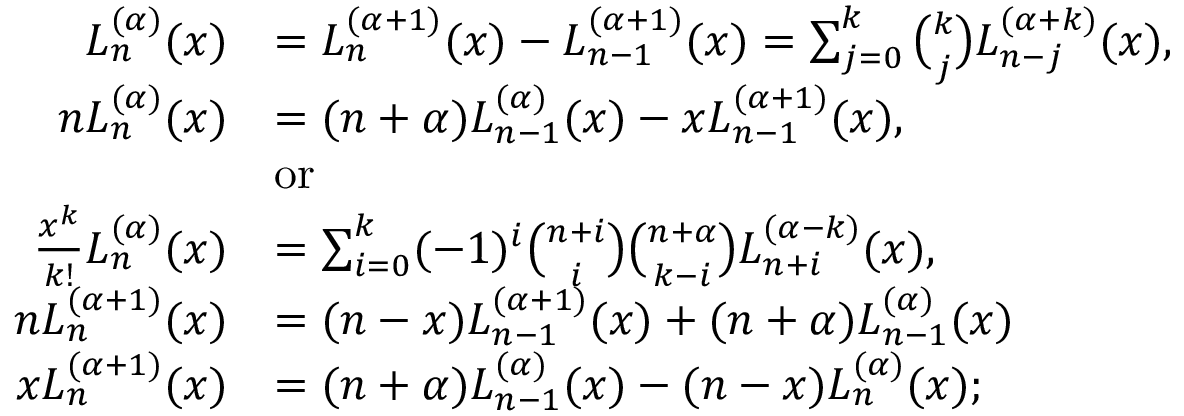
{ \begin{array} { r l } { L _ { n } ^ { ( \alpha ) } ( x ) } & { = L _ { n } ^ { ( \alpha + 1 ) } ( x ) - L _ { n - 1 } ^ { ( \alpha + 1 ) } ( x ) = \sum _ { j = 0 } ^ { k } { \binom { k } { j } } L _ { n - j } ^ { ( \alpha + k ) } ( x ) , } \\ { n L _ { n } ^ { ( \alpha ) } ( x ) } & { = ( n + \alpha ) L _ { n - 1 } ^ { ( \alpha ) } ( x ) - x L _ { n - 1 } ^ { ( \alpha + 1 ) } ( x ) , } \\ & { { \mathrm { o r ~ } } } \\ { { \frac { x ^ { k } } { k ! } } L _ { n } ^ { ( \alpha ) } ( x ) } & { = \sum _ { i = 0 } ^ { k } ( - 1 ) ^ { i } { \binom { n + i } { i } } { \binom { n + \alpha } { k - i } } L _ { n + i } ^ { ( \alpha - k ) } ( x ) , } \\ { n L _ { n } ^ { ( \alpha + 1 ) } ( x ) } & { = ( n - x ) L _ { n - 1 } ^ { ( \alpha + 1 ) } ( x ) + ( n + \alpha ) L _ { n - 1 } ^ { ( \alpha ) } ( x ) } \\ { x L _ { n } ^ { ( \alpha + 1 ) } ( x ) } & { = ( n + \alpha ) L _ { n - 1 } ^ { ( \alpha ) } ( x ) - ( n - x ) L _ { n } ^ { ( \alpha ) } ( x ) ; } \end{array} }